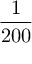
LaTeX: \frac { 1 } { 2 0 0 }